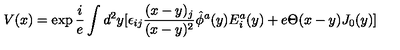
V ( x ) = \exp { \frac { i } { e } } \int d ^ { 2 } y [ \epsilon _ { i j } { \frac { ( x - y ) _ { j } } { ( x - y ) ^ { 2 } } } \hat { \phi } ^ { a } ( y ) E _ { i } ^ { a } ( y ) + e \Theta ( x - y ) J _ { 0 } ( y ) ]